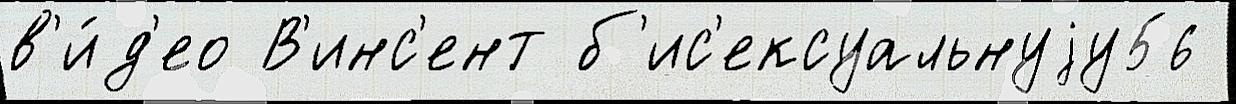
в'и́д'ео В'инс'ент б'ис'ексуальнуjу56